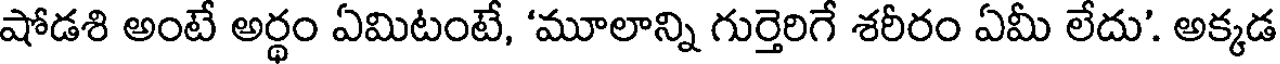
షోడశి అంటే అర్థం ఏమిటంటే, 'మూలాన్ని గుర్తెరిగే శరీరం ఏమీ లేదు'. అక్కడ